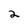
Character: 2